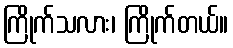
ကြိုက်သလား၊ ကြိုက်တယ်။